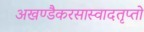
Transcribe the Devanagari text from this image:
अखण्डैकरसास्वादतृप्तो